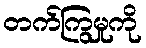
တက်ကြွမှုကို